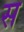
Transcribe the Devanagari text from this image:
स